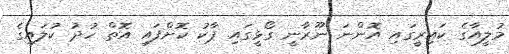
މުލީއާގެ ކައިރީގައި އޮންނަ ނޫރާނީ ގޯޅީގައި ޕާކު ކޮށްފައި އޮތް ހުދު ކުލައިގެ